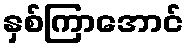
နှစ်ကြာအောင်